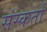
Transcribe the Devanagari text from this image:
संस्कर्ता